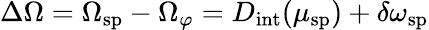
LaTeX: \Delta\Omega=\Omega_{\mathrm{sp}}-\Omega_{\varphi}=D_{\mathrm{int}}(\mu_{\mathrm{sp}})+\delta\omega_{\mathrm{sp}}